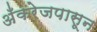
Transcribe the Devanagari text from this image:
अँकरेजपासून